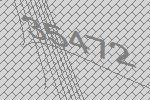
35472